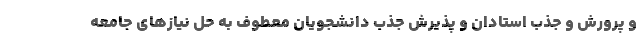
و پرورش و جذب استادان و پذیرش جذب دانشجویان معطوف به حل نیاز‌های جامعه